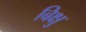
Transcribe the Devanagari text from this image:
बिक्षु